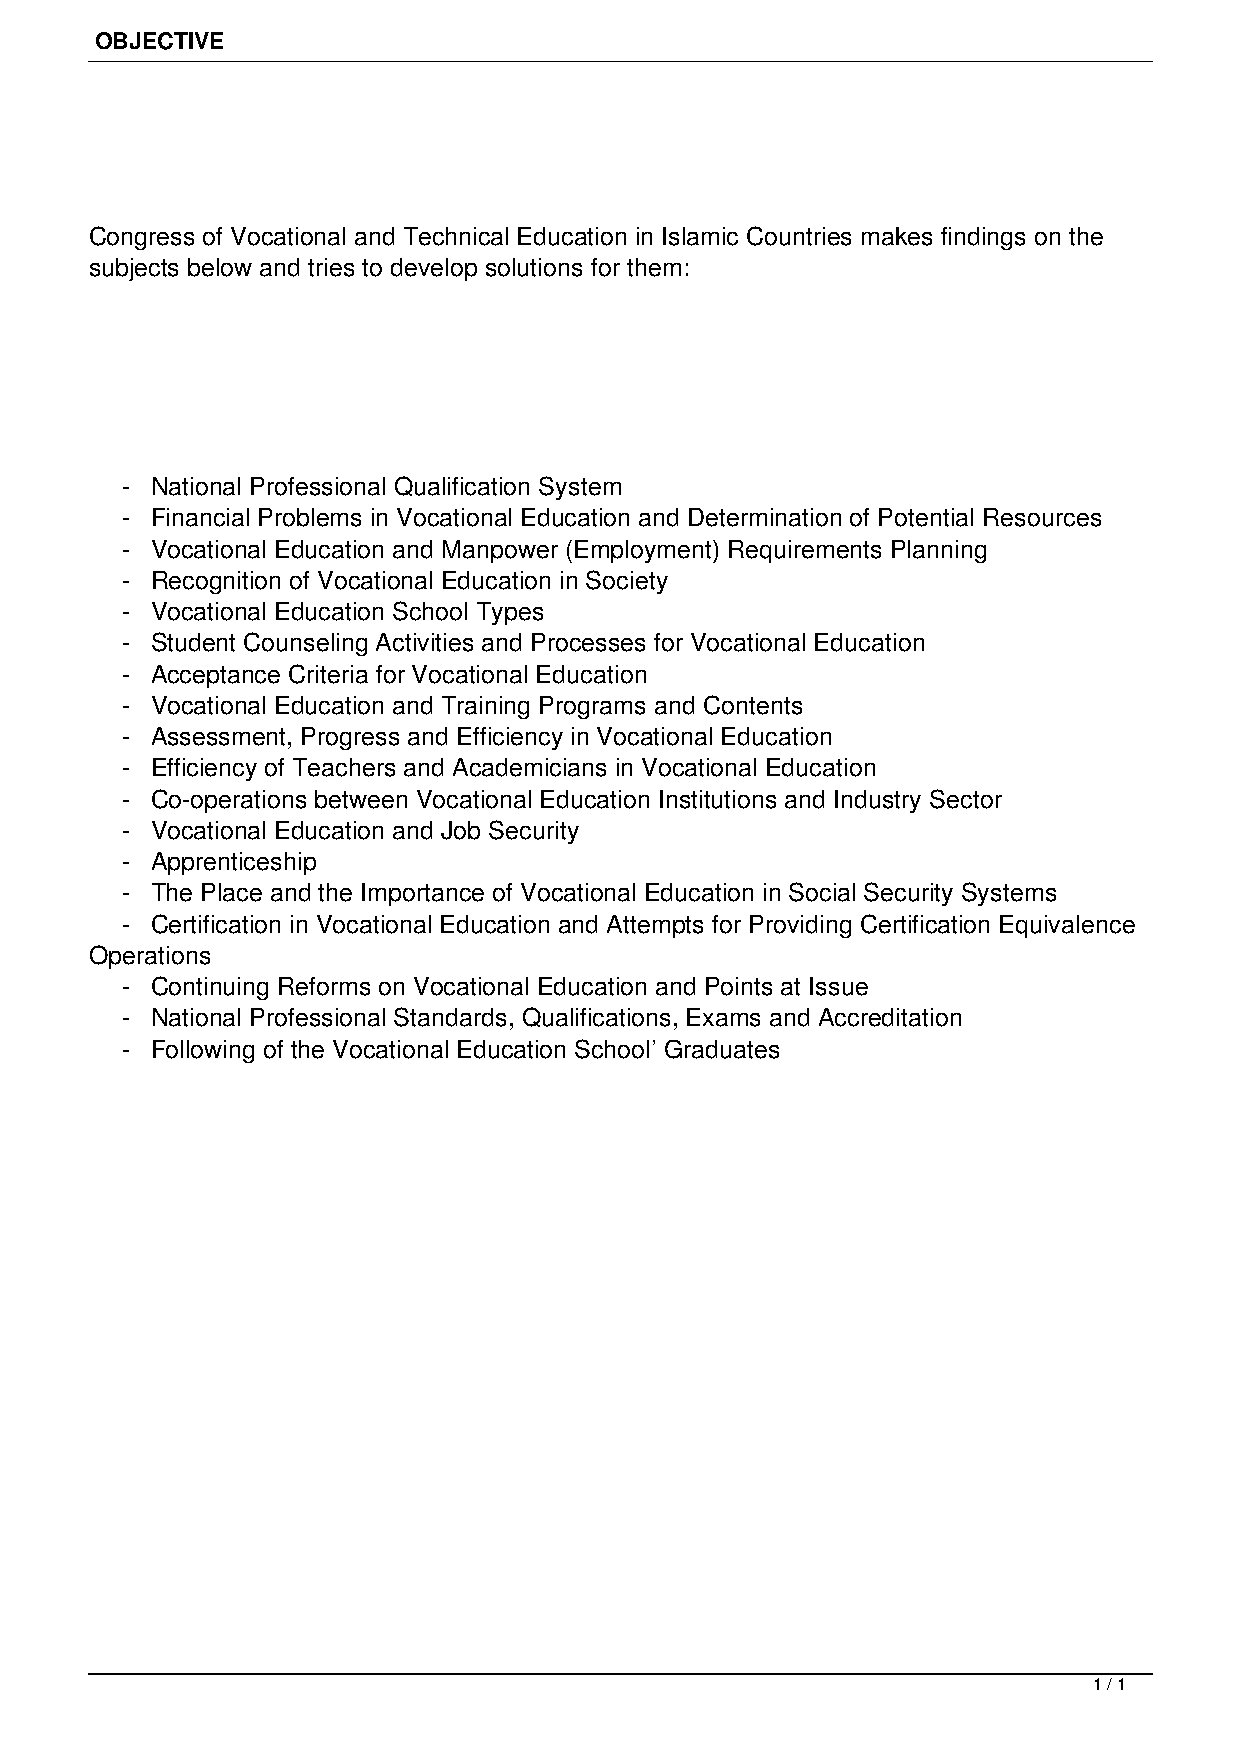
OBJECTIVE
 Congress of Vocational and Technical Education in Islamic Countries makes findings on the
 subjects below and tries to develop solutions for them:
 - National Professional Qualification System
 - Financial Problems in Vocational Education and Determination of Potential Resources
 - Vocational Education and Manpower (Employment) Requirements Planning
 - Recognition of Vocational Education in Society
 - Vocational Education School Types
 - Student Counseling Activities and Processes for Vocational Education
 - Acceptance Criteria for Vocational Education
 - Vocational Education and Training Programs and Contents
 - Assessment, Progress and Efficiency in Vocational Education
 - Efficiency of Teachers and Academicians in Vocational Education
 - Co-operations between Vocational Education Institutions and Industry Sector
 - Vocational Education and Job Security
 - Apprenticeship
 - The Place and the Importance of Vocational Education in Social Security Systems
 - Certification in Vocational Education and Attempts for Providing Certification Equivalence
 Operations
 - Continuing Reforms on Vocational Education and Points at Issue
 - National Professional Standards, Qualifications, Exams and Accreditation
 - Following of the Vocational Education School’ Graduates
 1 / 1